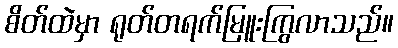
စိတ်ထဲမှာ ရုတ်တရက်မြူးကြွလာသည်။